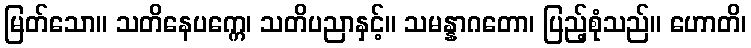
မြတ်သော။ သတိနေပက္ကေ၊ သတိပညာနှင့်။ သမန္နာဂတော၊ ပြည့်စုံသည်။ ဟောတိ၊